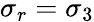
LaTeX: \sigma_{r}=\sigma_{3}